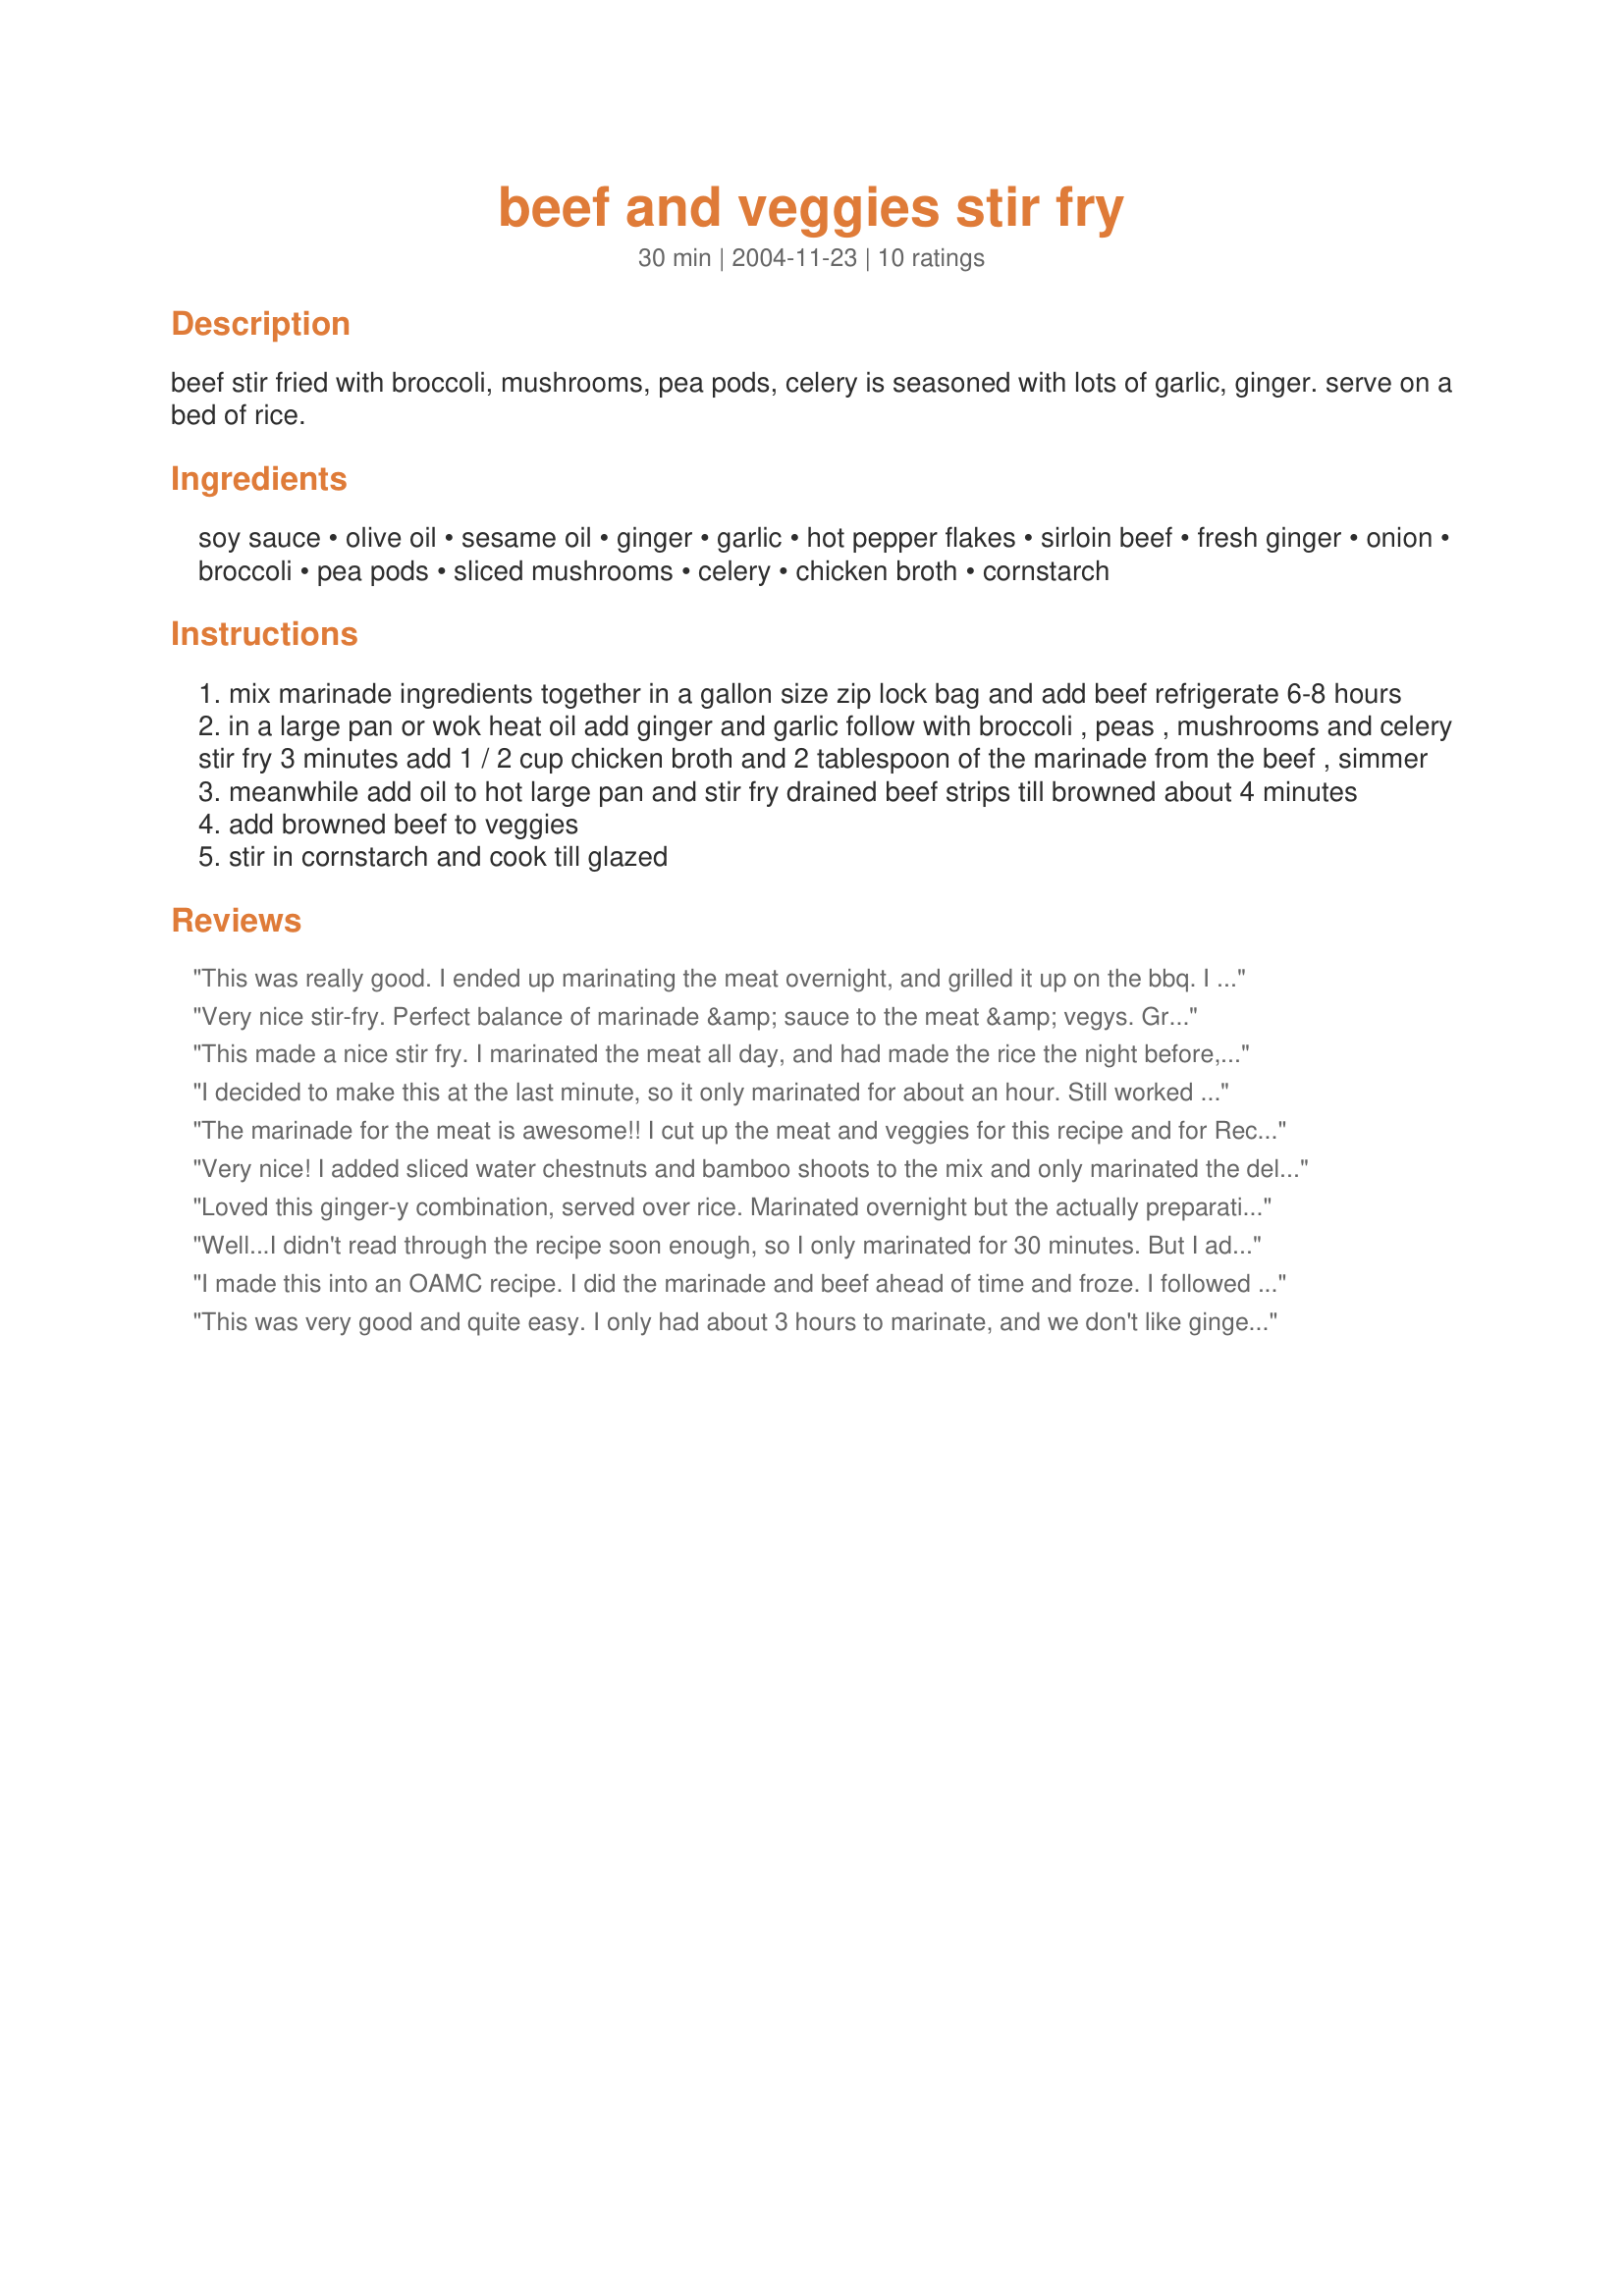
beef and veggies stir fry
Preparation time: 30 minutes

beef stir fried with broccoli, mushrooms, pea pods, celery is seasoned with lots of garlic, ginger. serve on a bed of rice.

Ingredients:
soy sauce, olive oil, sesame oil, ginger, garlic, hot pepper flakes, sirloin beef, fresh ginger, onion, broccoli, pea pods, sliced mushrooms, celery, chicken broth, cornstarch

Steps:
mix marinade ingredients together in a gallon size zip lock bag and add beef refrigerate 6-8 hours
in a large pan or wok heat oil add ginger and garlic follow with broccoli , peas , mushrooms and celery stir fry 3 minutes add 1 / 2 cup chicken broth and 2 tablespoon of the marinade from the beef , simmer
meanwhile add oil to hot large pan and stir fry drained beef strips till browned about 4 minutes
add browned beef to veggies
stir in cornstarch and cook till glazed

Reviews:
This was really good. I ended up marinating the meat overnight, and grilled it up on the bbq. I cooked the veggies as mentioned, tossing in a little bit of the marinade (cooked) to the veggies for more flavor. It was delish. I used sugar snap pea pods and white button mushrooms (doubled the mushrooms, Yum) Thanks for sharing the recipe! Made for Magic Mushroom Tag game.
Very nice stir-fry. Perfect balance of marinade &amp; sauce to the meat &amp; vegys. Great flavor, especially with the addition of the red pepper flakes. I increased the garlic abit and added raw shrimp during the last minute of cooking. We really enjoyed this recipe, thanks for sharing.
This made a nice stir fry. I marinated the meat all day, and had made the rice the night before, so it made for a quick dinner. I think one of the things that i liked best about this is that the sauce that you do use is very flavorful, but the completed dish isn't swimming in it.
I decided to make this at the last minute, so it only marinated for about an hour. Still worked great. I made this for my daughter; she does not like any of the veggies except broccoli, so I just used tons of broccoli and skipped the rest of the veggies. Quick and easy to make!
The marinade for the meat is awesome!! I cut up the meat and veggies for this recipe and for Recipe #63485 on Saturday night. The meat for this was marinaded for 24 hours. I browned the meat in the pan first and then put it in a bowl to hold it while making the veggies in the same pan. That way I only had 1 pan to clean. Top sirloin is what I used and it comes out so tender. I served this with the leftover rice from the night before. So with all the prep done the day before, it was a snap to make this last night. Rita, thank you for posting another great recipe. Made for *Magic Mushrooms Tag 2008* game from the Asian Cooking Forum
Very nice! I added sliced water chestnuts and bamboo shoots to the mix and only marinated the delicious meat for about 2 hours...it turned out plenty flavorful! Thanks so much for the perfect veggie/beef dish, Rita!
Loved this ginger-y combination, served over rice. Marinated overnight but the actually preparation took no time. Tasty!
Well...I didn't read through the recipe soon enough, so I only marinated for 30 minutes. But I added some of the marinade when cooking the meat, and it was soooo good! I also left out the mushrooms hoping my husband would like this, and he did! So we're all happy. Great recipe that I'll definitely use again. Thanks Rita!
I made this into an OAMC recipe. I did the marinade and beef ahead of time and froze. I followed the marinade recipe as written other then I didn't add the hot pepper flakes. When I went to make this, I pulled, thawed and placed in crock pot. I threw in veggies and cooked for six hours on low. I only followed the marinade part of this recipe and not the veggie part. The marinade part was really good and I will make it again.
This was very good and quite easy. I only had about 3 hours to marinate, and we don't like ginger, so I omitted it. I used less than 1/4 tsp pepper flakes, but next time I will use more. I think, overall, that this is one of the best stir-fry recipes that I have found.
